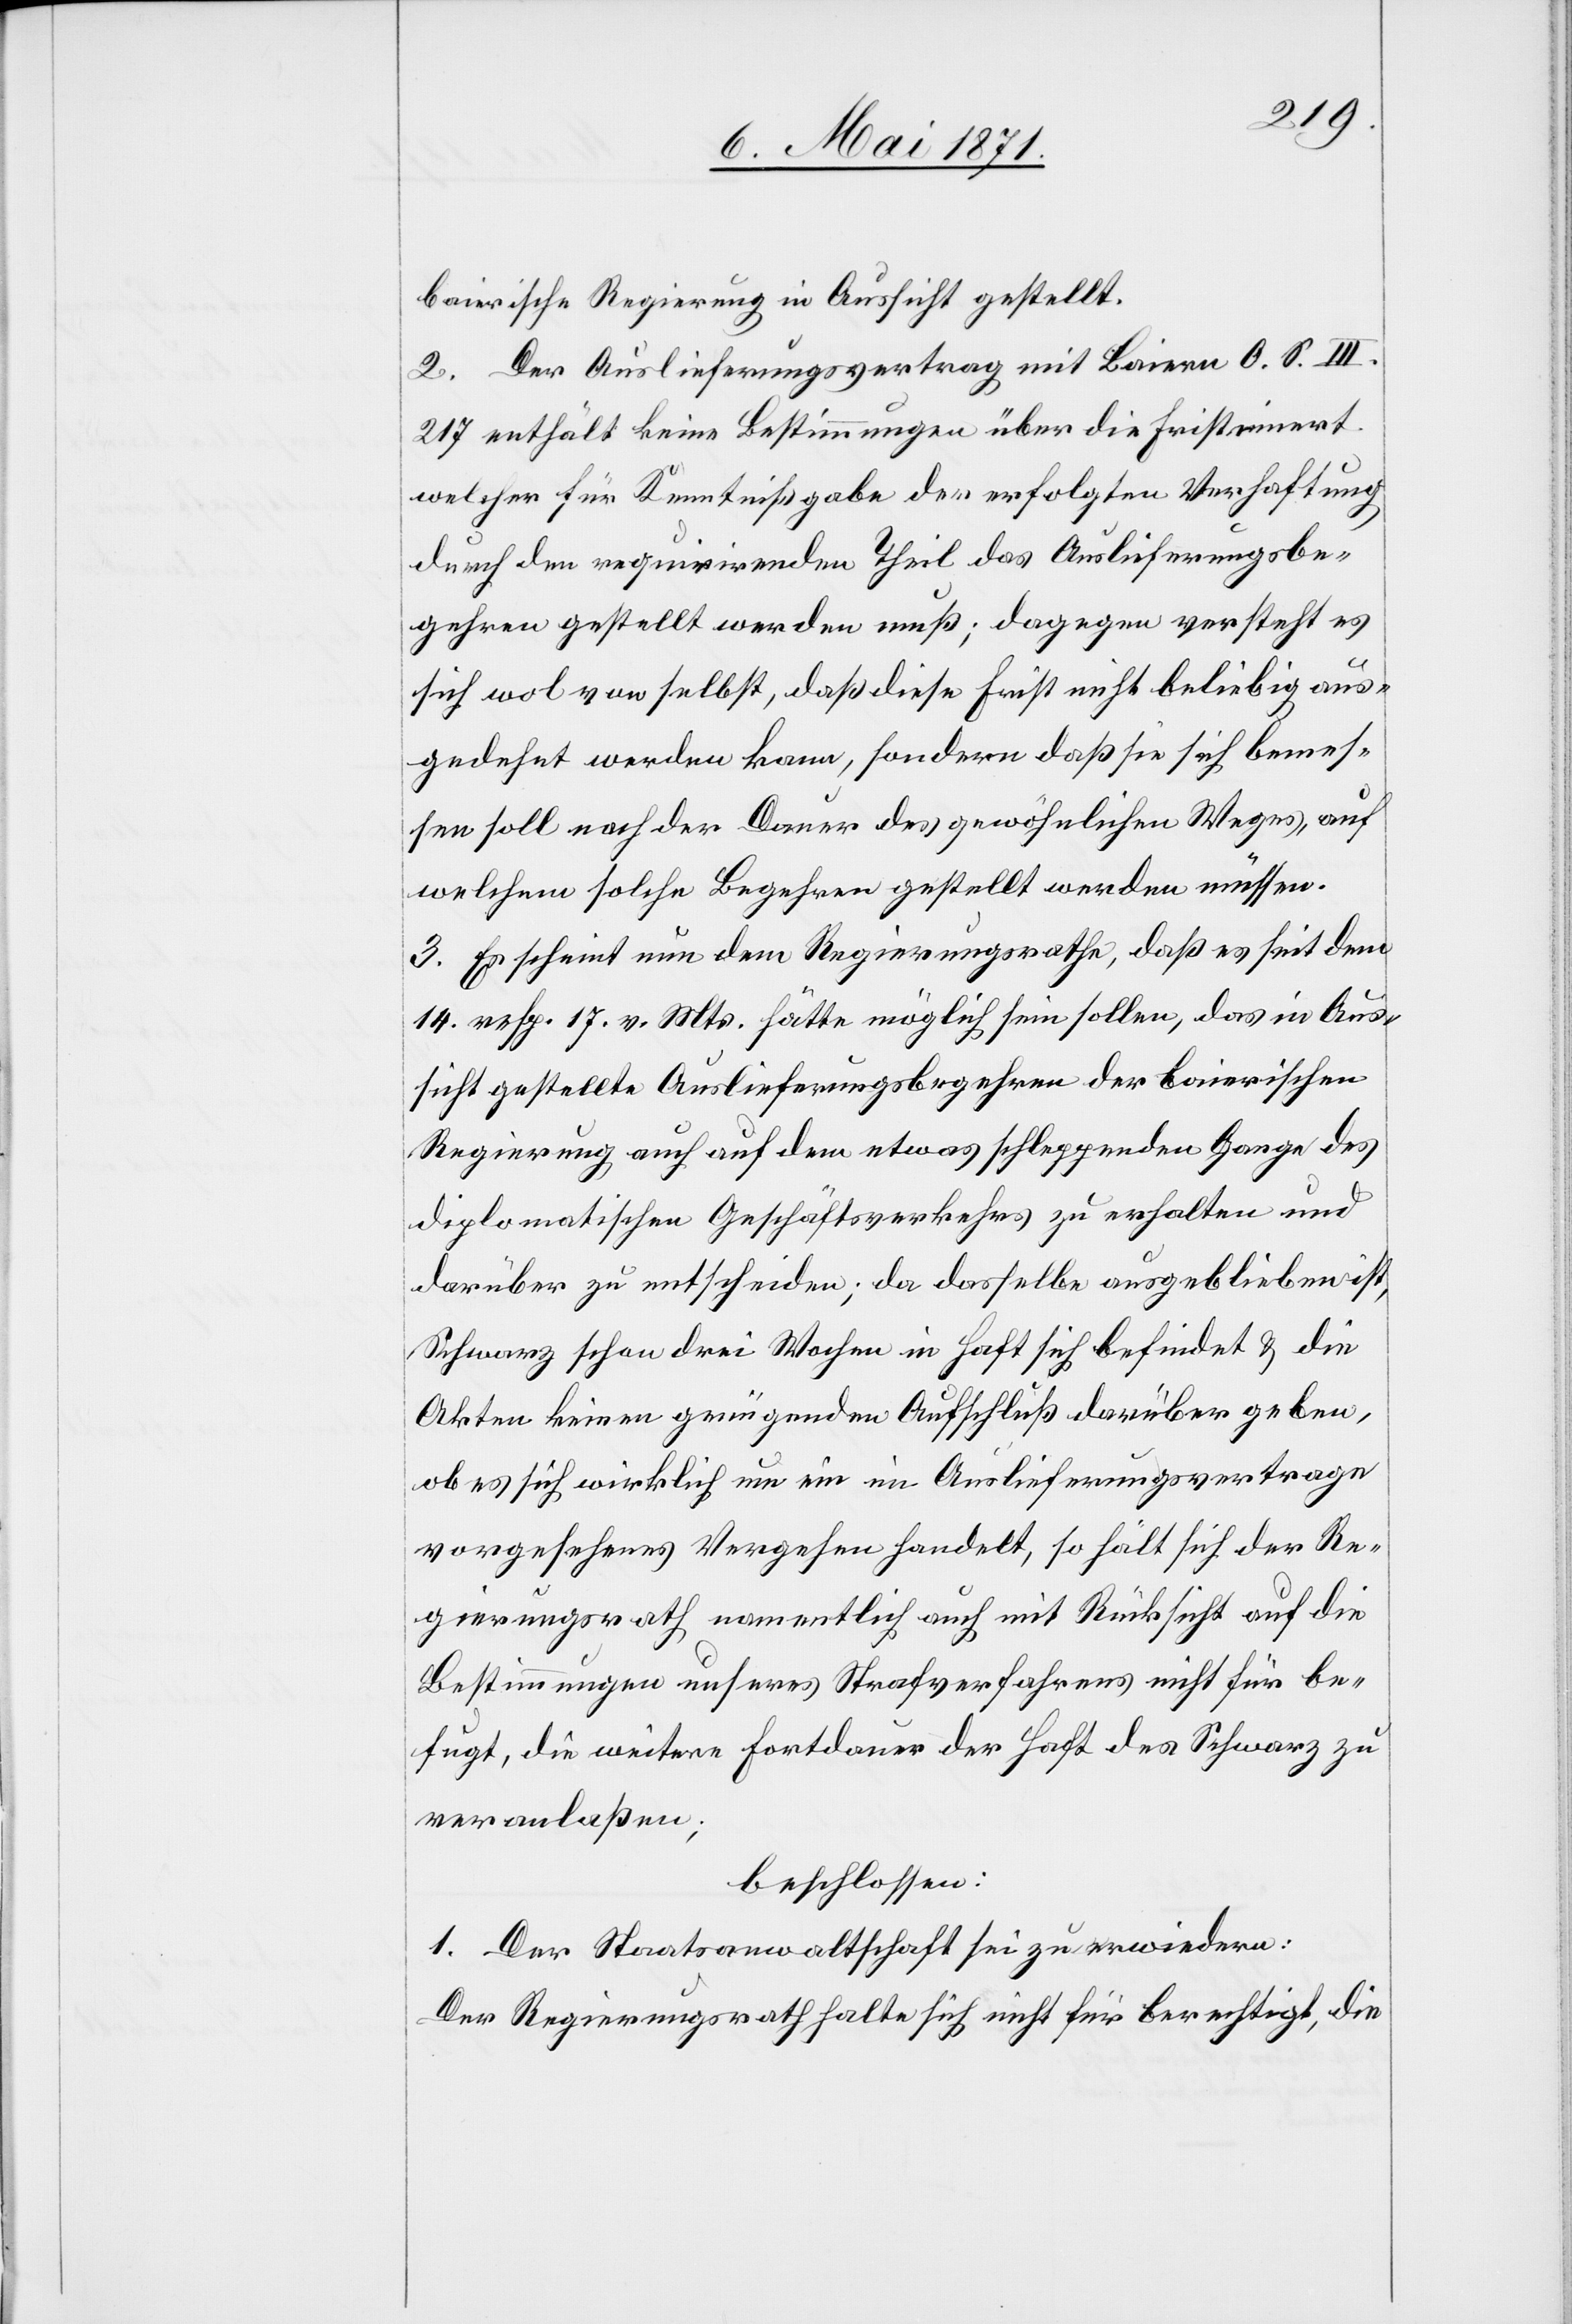
baierische Regierung in Aussicht gestellt.
2. Der Auslieferungsvertrag mit Baiern O. S. III.
217 enthalt keine Bestimmungen über die Frist innert
welcher für Kenntnißgabe der erfolgten Verhaftung
durch den requirirenden Theil das Auslieferungsbe¬
gehren gestellt werden muß; dagegen versteht es
sich wol von selbst, daß diese Frist nicht beliebig aus¬
gedehnt werden kann, sondern daß sie sich bemes¬
sen soll nach der Dauer des gewöhnlichen Weges, auf
welchem solche Begehren gestellt werden müssen.
3. Es scheint nun dem Regierungsrathe, daß es seit dem
14. resp. 17. v. Mts. hätte möglich sein sollen, das in Aus¬
sicht gestellte Auslieferungsbegehren der baierischen
Regierung auch auf dem etwas schleppenden Gange des
diplomatischen Geschäftsverkehrs zu erhalten und
darüber zu entscheiden; da dasselbe ausgeblieben ist,
Schwarz schon drei Wochen in Haft sich befinde u. die
Akten keinen genügenden Aufschluß darüber geben,
ob es sich wirklich um ein im Auslieferungsvertrage
vorgesehenes Vergehen handelt, so hält sich der Re¬
gierungsrath namentlich auch mit Rücksicht auf die
Bestimmungen unseres Strafverfahrens nicht für be¬
fugt, die weitere Fortdauer der Haft des Schwarz zu
veranlaßen;
beschlossen:
1. Der Staatsanwaltschaft sei zu erwiedern:
Der Regierungsrath halte sich nicht für berechtigt, die